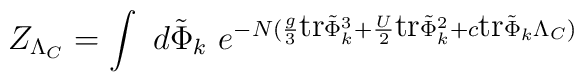
Z_{\Lambda_{C}}=\int \  d\tilde{\Phi}_k \ e^{-N ({g \over 3}\makebox{tr} \tilde{\Phi}_k^3 +{U \over 2}\makebox{tr} \tilde{\Phi}_k^2 +c \makebox{tr}\tilde{\Phi}_k \Lambda_{C})}